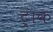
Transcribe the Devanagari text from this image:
ट्राक